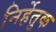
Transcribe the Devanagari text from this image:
निर्हेतुक